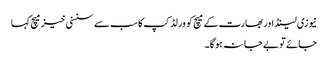
نیوزی لینڈ اور بھارت کے میچ کو ورلڈ کپ کا سب سے سنسنی خیز میچ کہا
جائے تو بے جا نہ ہوگا۔